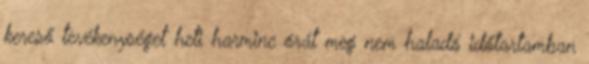
kereső tevékenységet heti harminc órát meg nem haladó időtartamban